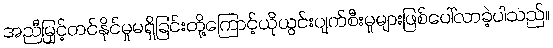
အညီမြှင့်တင်နိုင်မှုမရှိခြင်းတို့ကြောင့်ယိုယွင်းပျက်စီးမှုများဖြစ်ပေါ်လာခဲ့ပါသည်။